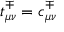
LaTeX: t _ { \mu \nu } ^ { \mp } = c _ { \mu \nu } ^ { \mp }